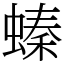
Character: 螓